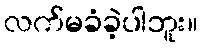
လက်မခံခဲ့ပါဘူး။